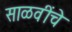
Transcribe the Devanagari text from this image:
साळवींचे